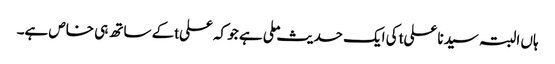
ہاں البتہ سیدنا علیtکی ایک حدیث ملی ہے جو کہ علیtکے ساتھ ہی خاص ہے۔